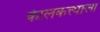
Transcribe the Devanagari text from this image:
केालकत्त्याला